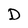
Character: D